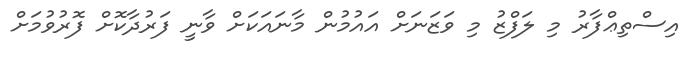
އިސްތިޢްފާރު މި ލަފްޒު މި ވަޒަނަށް އައުމުން މާނައަކަށް ވާނީ ފަރުދާކޮށް ފޮރުވުމަށް